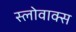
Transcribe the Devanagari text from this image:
स्लोवाक्स